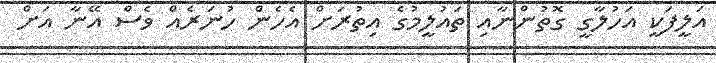
އަލީފަކީ އަހުލާގީ ގޮތުންނާއި ތައުލީމުގެ އިތުރަށް އެހެން ހުނަރެއް ވެސް އޭނާ އަށް